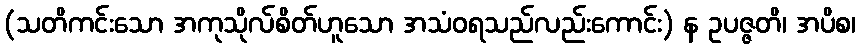
(သတိကင်းသော အကုသိုလ်စိတ်ဟူသော အသံဝရသည်လည်းကောင်း) န ဥပဇ္ဇတိ၊ အပိစ၊